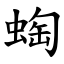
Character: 蜪